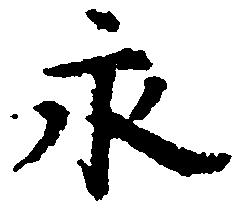
永